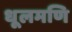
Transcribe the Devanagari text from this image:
धूलमणि